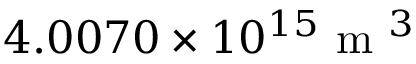
4 . 0 0 7 0 \times 1 0 ^ { 1 5 } \mathrm { ~ m ~ } ^ { 3 }